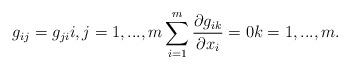
LaTeX: \begin{align*}g_{ij} = g_{ji} i,j=1,...,m \sum_{i=1}^m \frac{\partial g_{ik}}{\partial x_i} = 0 k=1,...,m. \end{align*}